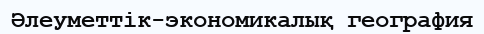
Әлеуметтік-экономикалық география